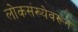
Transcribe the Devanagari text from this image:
लोकसंख्येवरून